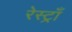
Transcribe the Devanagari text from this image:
रेस्ट्राँ